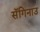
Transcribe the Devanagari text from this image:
सॅगिनाउ